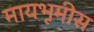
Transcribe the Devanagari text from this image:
मायभूमीस